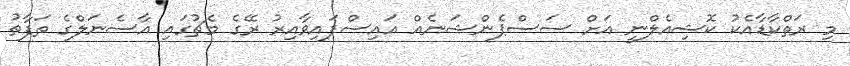
މި ރަތްކާޑާއެކު ކޮޝިއެލްނީ އަށް ސަސްޕެންޝަނެއް އައިސްފައިވާއިރު ރޭގެ މެޗުގައި އާސެނަލްގެ ތަފާތު